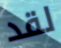
لقد